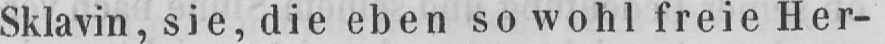
Sklavin, sie, die eben so wohl freie Her-